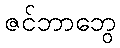
ဇင်ဘာဘွေ